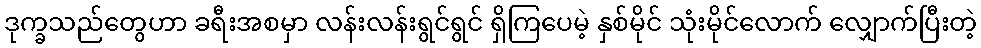
ဒုက္ခသည်တွေဟာ ခရီးအစမှာ လန်းလန်းရွင်ရွင် ရှိကြပေမဲ့ နှစ်မိုင် သုံးမိုင်လောက် လျှောက်ပြီးတဲ့